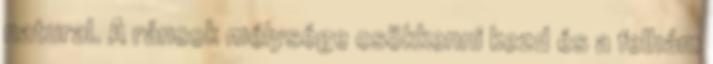
natural. A ráncok mélysége csökkenni kezd és a felhám